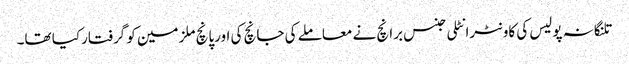
تلنگانہ پولیس کی کاونٹرانٹلی جنس برانچ نے معاملے کی جانچ کی اورپانچ ملزمین کو گرفتارکیا تھا۔